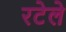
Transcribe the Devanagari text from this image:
रटेले